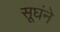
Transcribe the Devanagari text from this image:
सूघंने